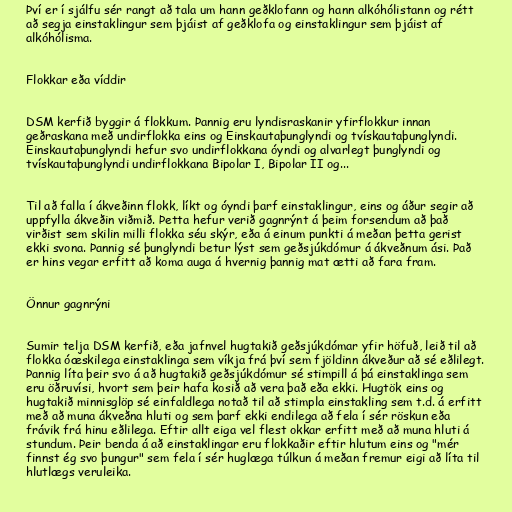
Því er í sjálfu sér rangt að tala um hann geðklofann og hann alkóhólistann og rétt
að segja einstaklingur sem þjáist af geðklofa og einstaklingur sem þjáist af
alkóhólisma.

Flokkar eða víddir

DSM kerfið byggir á flokkum. Þannig eru lyndisraskanir yfirflokkur innan
geðraskana með undirflokka eins og Einskautaþunglyndi og tvískautaþunglyndi.
Einskautaþunglyndi hefur svo undirflokkana óyndi og alvarlegt þunglyndi og
tvískautaþunglyndi undirflokkana Bipolar I, Bipolar II og...

Til að falla í ákveðinn flokk, líkt og óyndi þarf einstaklingur, eins og áður segir að
uppfylla ákveðin viðmið. Þetta hefur verið gagnrýnt á þeim forsendum að það
virðist sem skilin milli flokka séu skýr, eða á einum punkti á meðan þetta gerist
ekki svona. Þannig sé þunglyndi betur lýst sem geðsjúkdómur á ákveðnum ási. Það
er hins vegar erfitt að koma auga á hvernig þannig mat ætti að fara fram.

Önnur gagnrýni

Sumir telja DSM kerfið, eða jafnvel hugtakið geðsjúkdómar yfir höfuð, leið til að
flokka óæskilega einstaklinga sem víkja frá því sem fjöldinn ákveður að sé eðlilegt.
Þannig líta þeir svo á að hugtakið geðsjúkdómur sé stimpill á þá einstaklinga sem
eru öðruvísi, hvort sem þeir hafa kosið að vera það eða ekki. Hugtök eins og
hugtakið minnisglöp sé einfaldlega notað til að stimpla einstakling sem t.d. á erfitt
með að muna ákveðna hluti og sem þarf ekki endilega að fela í sér röskun eða
frávik frá hinu eðlilega. Eftir allt eiga vel flest okkar erfitt með að muna hluti á
stundum. Þeir benda á að einstaklingar eru flokkaðir eftir hlutum eins og "mér
finnst ég svo þungur" sem fela í sér huglæga túlkun á meðan fremur eigi að líta til
hlutlægs veruleika.